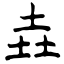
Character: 垚